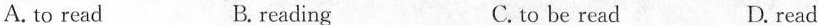
A. to read B. reading C.to be read D. read